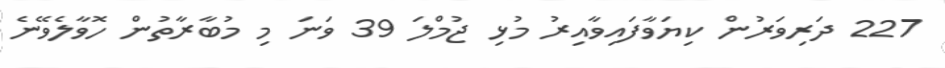
227 ދަރިވަރުން ކިޔަވާފައިވާއިރު މުޅި ޖުމްލަ 39 ވަނަ މި މުބާރާތުން ހޮވާލެވޭނެ